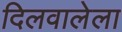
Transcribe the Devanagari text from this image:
दिलवालेला